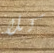
كلا